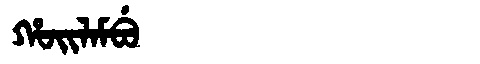
Manchu: ᡥᠣᡳᠯᠠᠮᠪᡠ
Romanization: HOILAMBU